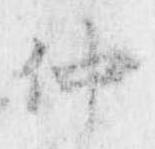
仲